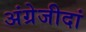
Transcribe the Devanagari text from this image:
अंग्रेजीदां